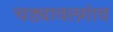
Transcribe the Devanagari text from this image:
चड्यावलगांव